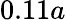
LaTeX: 0.11a